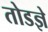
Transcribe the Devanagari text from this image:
तोडज्ञे